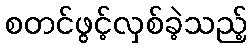
စတင်ဖွင့်လှစ်ခဲ့သည့်